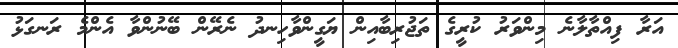
އަރާ ފިއްތާލާނެ މިންވަރު ކުރީގެ ތަޖުރިބާއިން ޔަގީންވާހިނދު ނެރޭން ބޭނުންވާ އެންމެ ރަނގަޅު